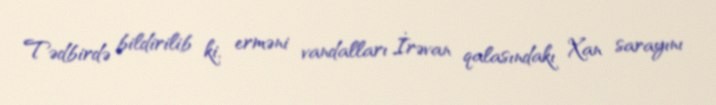
Tədbirdə bildirilib ki, erməni vandalları İrəvan qalasındakı Xan sarayını